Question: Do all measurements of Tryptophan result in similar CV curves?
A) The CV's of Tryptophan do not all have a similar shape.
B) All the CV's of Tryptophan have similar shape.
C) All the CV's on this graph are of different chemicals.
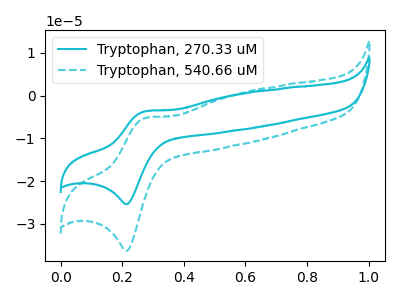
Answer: <think>The cyan curve "Tryptophan, 270.33 uM" has an anodic peak at (0.25V, -3.65uA) and a cathodic peak at (0.20V, -25.35uA). The cyan dashed curve "Tryptophan, 540.66 uM" has an anodic peak at (0.25V, -5.25uA) and a cathodic peak at (0.20V, -36.25uA).
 All the peaks in "Tryptophan, 270.33 uM" have a peak in "Tryptophan, 540.66 uM" at the same potential.</think>
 <answer>B) All the CV's of "Tryptophan" have similar shape.</answer>
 <eval>B</eval>